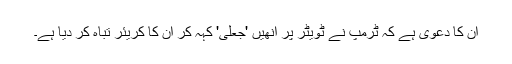
ان کا دعویٰ ہے کہ ٹرمپ نے ٹویٹر پر انھیں 'جعلی' کہہ کر ان کا کریئر تباہ کر دیا ہے۔